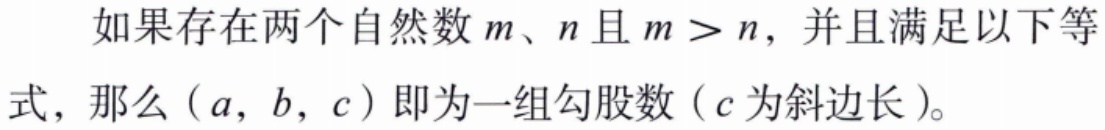
如果存在两个自然数\(m、n\)且\(m > n\)，并且满足以下等式，那么\((a, b, c)\)即为一组勾股数（\(c\)为斜边长）。